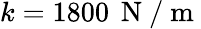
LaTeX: k=1800\, \mathrm{~N~}/\mathrm{~m~}